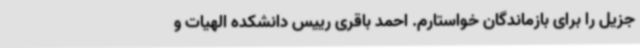
جزیل را برای بازماندگان خواستارم. احمد باقری رییس دانشکده الهیات و